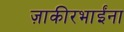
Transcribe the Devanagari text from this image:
ज़ाकीरभाईंना